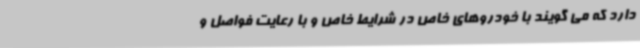
دارد که می گویند با خودروهای خاص در شرایط خاص و با رعایت فواصل و